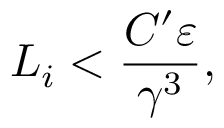
L _ { i } < \frac { C ^ { \prime } \varepsilon } { \gamma ^ { 3 } } ,